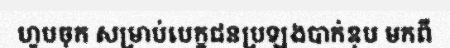
ហូបចុក សម្រាប់បេក្ខជនប្រឡងបាក់ឌុប មកពី